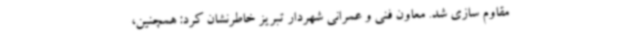
مقاوم سازی شد. معاون فنی و عمرانی شهردار تبریز خاطرنشان کرد: همچنین،